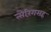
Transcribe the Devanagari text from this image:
त्सेरिंगसह